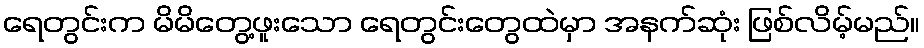
ရေတွင်းက မိမိတွေ့ဖူးသော ရေတွင်းတွေထဲမှာ အနက်ဆုံး ဖြစ်လိမ့်မည်။